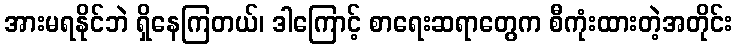
အားမရနိုင်ဘဲ ရှိနေကြတယ်၊ ဒါကြောင့် စာရေးဆရာတွေက စီကုံးထားတဲ့အတိုင်း